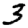
Digit: 3